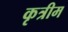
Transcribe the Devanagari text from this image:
कृत्रीम